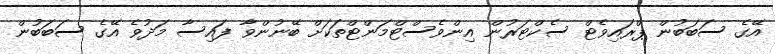
އޭގެ ސަބަބުން ޕްރައިވެޓް ސެކްޓަރުން އިންވެސްޓްމަންޓްތަކަށް ބޭނުންވާ ފައިސާ މަދުވެ އޭގެ ސަބަބުން